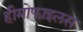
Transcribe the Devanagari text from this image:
हीमोफाइलस